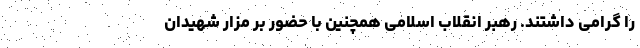
را گرامی داشتند. رهبر انقلاب اسلامی همچنین با حضور بر مزار شهیدان